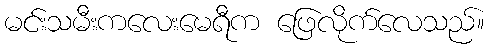
မင်းသမီးကလေးမေရီက ဖြေလိုက်လေသည်။